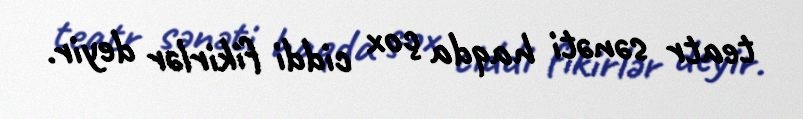
teatr sənəti haqda çox ciddi fikirlər deyir.